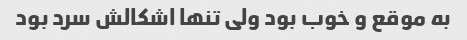
به موقع و خوب بود ولی تنها اشکالش سرد بود